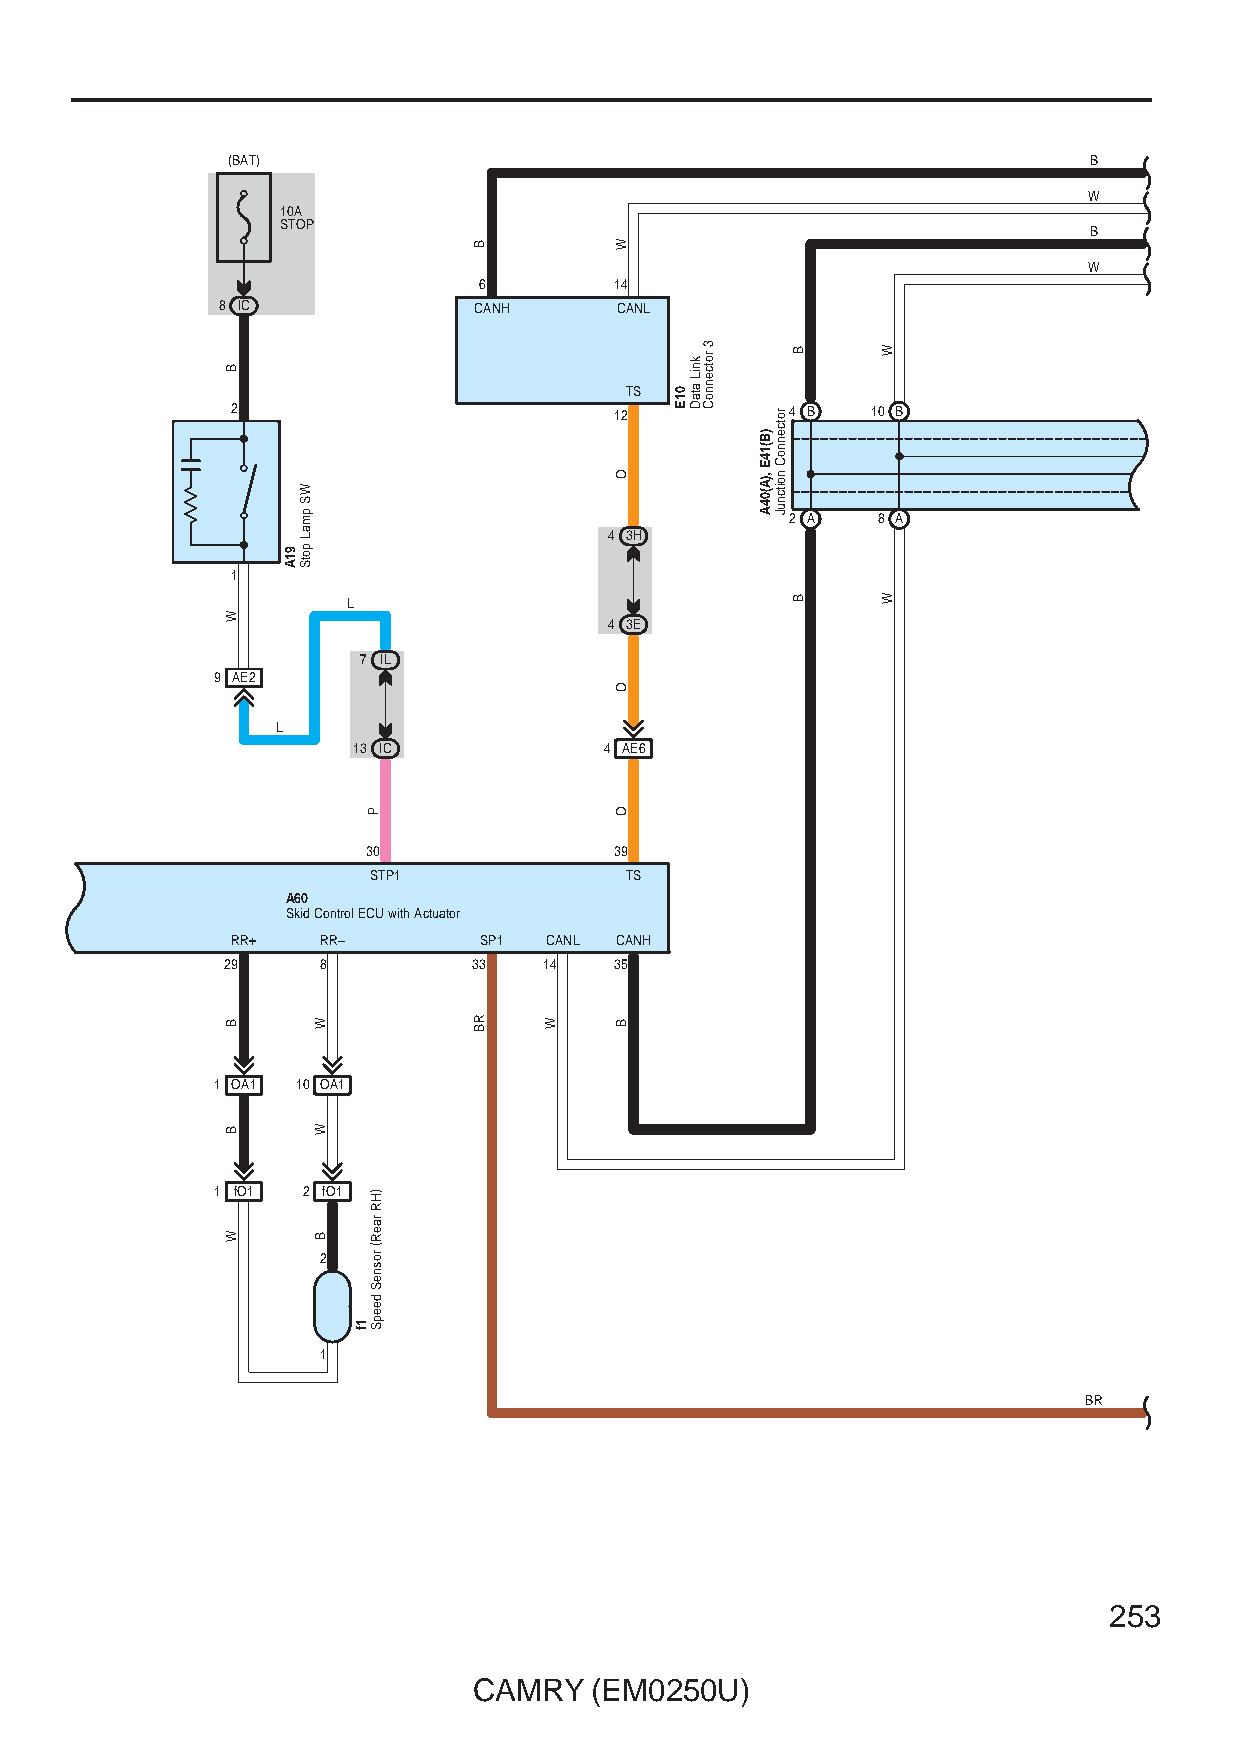
(BAT)                                                    B
 W
 10A
 STOP
 B
 W
 6        14
 8 IC             CANH      CANL
 TS
 2                         12         4 B   10 B
 2 A   8 A
 4 3H
 1
 L
 4 3E
 7 IL
 9 AE2
 L
 13 IC            4 AE6
 30               39
 STP1             TS
 A60
 Skid Control ECU with Actuator
 RR+   RR–        SP1 CANL CANH
 29    8         33   14   35
 1 OA1 10 OA1
 1 fO1 2 fO1
 2
 1
 BR
 253
 CAMRY   (EM0250U)
 B
 W
 B
 B
 W
 91A
 WS
 pmaL
 potS
 W
 W
 B
 1f
 P
 )HR
 raeR(
 rosneS
 deepS
 B
 RB   W
 W
 O
 O
 O
 B
 01E
 kniL
 ataD
 3 rotcennoC
 )B(14E
 ,)A(04A
 rotcennoC
 noitcnuJ
 B
 B
 W
 W